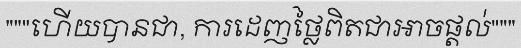
"""ហើយបានជា, ការដេញថ្លៃពិតជាអាចផ្តល់"""